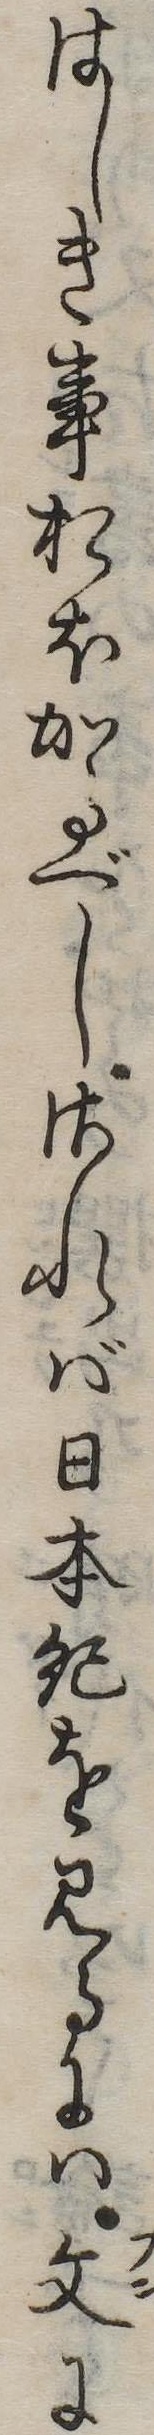
はしき事おほかるべしされば日本紀を見るには文に